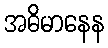
အဓိမာနေန